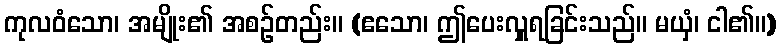
ကုလဝံသော၊ အမျိုး၏ အစဉ်တည်း။ (ဧသော၊ ဤပေးလှူရခြင်းသည်။ မယှံ၊ ငါ၏။)